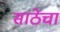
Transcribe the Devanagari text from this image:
साठेंचा